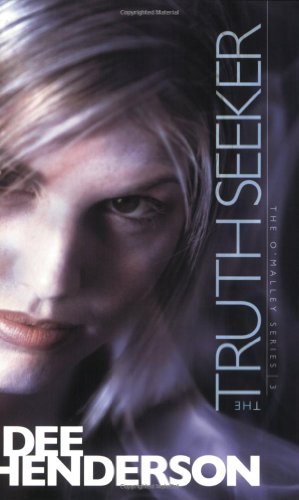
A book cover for The Truth Seeker (The O'Malley Series #3); Dee Henderson; Romance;